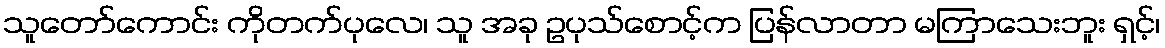
သူတော်ကောင်း ကိုတက်ပုလေ၊ သူ အခု ဥပုသ်စောင့်က ပြန်လာတာ မကြာသေးဘူး ရှင့်၊